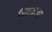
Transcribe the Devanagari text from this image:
मिष्टान्नाचा